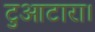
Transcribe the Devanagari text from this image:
टुआटारा।